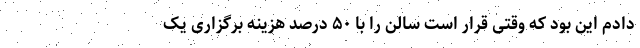
دادم این بود که وقتی قرار است سالن را با ۵۰ درصد هزینه برگزاری یک